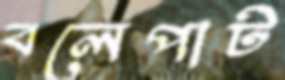
বলেপাট